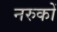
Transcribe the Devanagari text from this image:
नरुकों